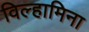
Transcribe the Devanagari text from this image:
विल्हामिना